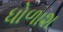
ધોળાશ